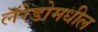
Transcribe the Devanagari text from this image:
लॅरेडोमधील